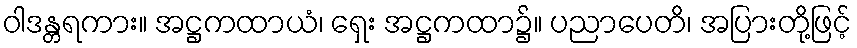
ဝါဒန္တရကား။ အဋ္ဌကထာယံ၊ ရှေး အဋ္ဌကထာ၌။ ပညာပေတိ၊ အပြားတို့ဖြင့်